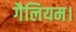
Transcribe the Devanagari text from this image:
गैलियम।